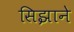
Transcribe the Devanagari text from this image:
सिझाने